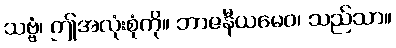
သဗ္ဗံ၊ ဤအလုံးစုံကို။ ဘာဇနီယမေဝ၊ သည်သာ။